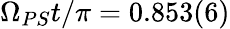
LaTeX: \Omega_{PS}t/\pi=0.853(6)